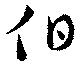
伯